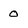
Character: 0